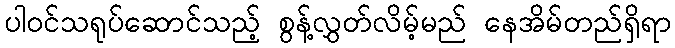
ပါဝင်သရုပ်ဆောင်သည့် စွန့်လွှတ်လိမ့်မည် နေအိမ်တည်ရှိရာ